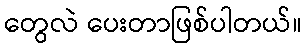
တွေလဲ ပေးတာဖြစ်ပါတယ်။